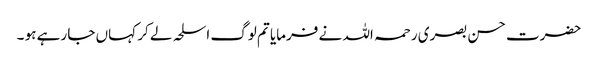
حضرت حسن بصری رحمہ اللہ نے فرمایا تم لوگ اسلحہ لے کر کہاں جا رہے ہو ۔